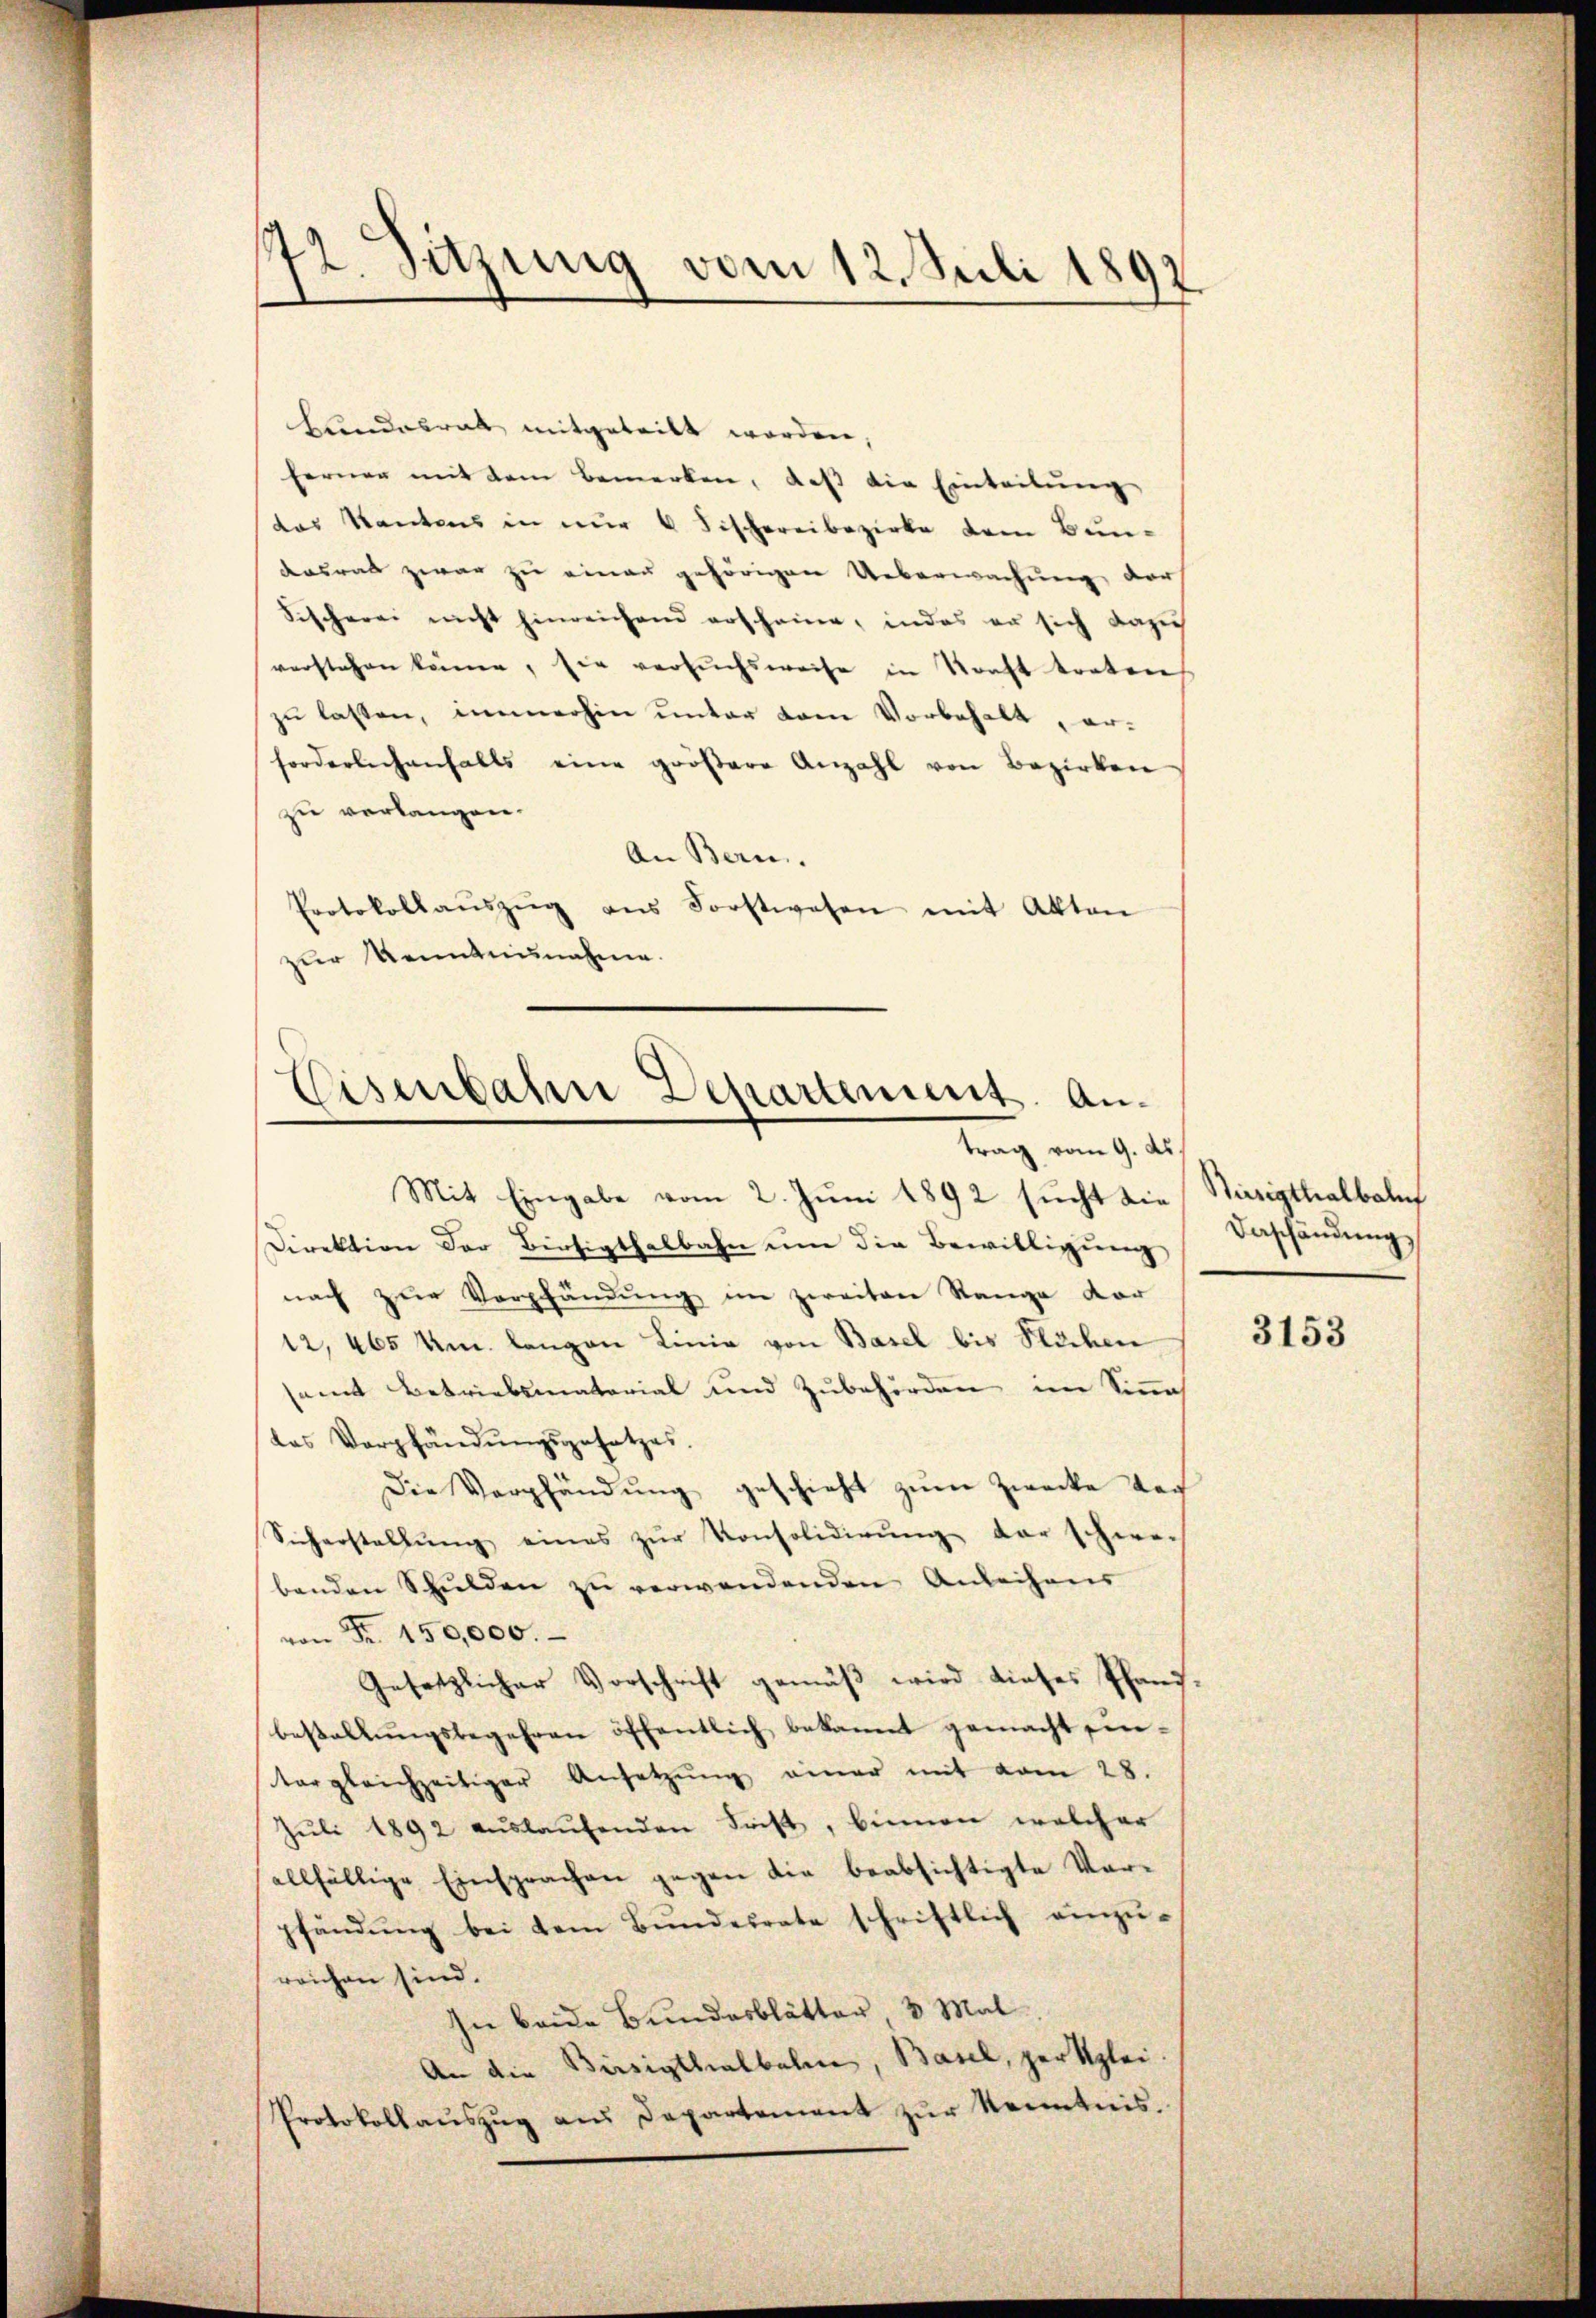
172 Sitzung vom 12. Juli 1892

Bundesrath mitgeteilt worden,
ferner mit dem Bemerken, daß die Einteilung
das Kantons in nur 6 Fischereibezirke dem Bun-
dasrat zwar zu einen gehörigen Ueberwachung der
Fischerei nicht hinreichend erscheine, indes er sich dazu
verstehen könne, sie versuchsweise in Kraft treten
zu lassen, immerhin unter vom Vorbehalt, erforderlichenfalls eine gröβere Anzahl von Bezirken
zu verlangen.
An Bern.
Protokollaŭszŭg ans Forstwesen mit Akten
zŭr Kenntnunahme.

E
Eisenbahn Departement. Antrag vom 9. ds

Mit Eingabe vom 2. Juni 1892 sucht die
Direktion der Bertigthalbahn um die Bewilligung
nach zur Verpfändung im zweiten Stange der
12, 465 um langen Linie von Basel bis Stichen
amt Betriebsmaterial und Zubehörden im Sinnah
das Verpfändungsgesetzes.
Die Verpfändung geschieht zum Zwecke der
Sicherstellŭng eines zŭr Konsolidirung der schwe-
benden Schulden zu verwendenden Anleihens
von Fr. 150,000.
Gesetzlicher Vorschrift gemäβ wird dieses Pfand.
bestellŭngsbegehren öffentlich bekannt gemacht ein-
tergleichzeitiger Ansetzŭng einer mit vom 28.
Jŭli 1892 aŭslaŭfenden Frist, binnen welcher
allfällige Einsprachen gegen die beabsichtigte Vorpfändung bei dem Bundesrate schriftlich einzureichen sind.
In beide Bundesblätter 3 Mal
An die Birsigthalbahne, Basel, per klei¬
Protokollaŭszŭg aŭs Departement zŭr Kenntnis.

Huzigthalbahn
Beschändung

3153